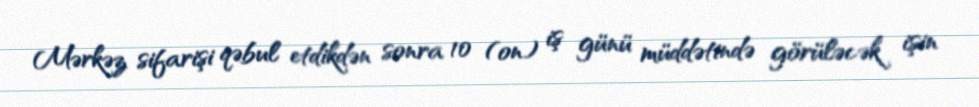
Mərkəz sifarişi qəbul etdikdən sonra 10 (on) iş günü müddətində görüləcək işin